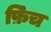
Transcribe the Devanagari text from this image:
फ़िंच